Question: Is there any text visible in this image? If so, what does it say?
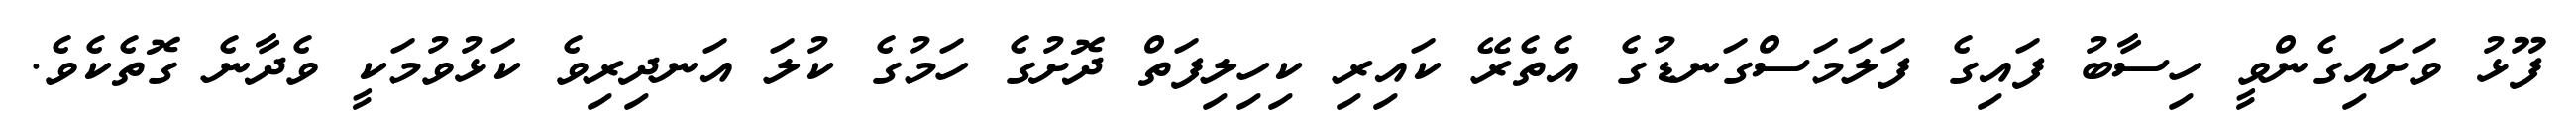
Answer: ފޫޅު ވަށައިގެންވީ ހިސާބު ފައިގެ ފަލަމަސްގަނޑުގެ އެތެރޭ ކައިރި ކިހިލިފަތް ދޮށުގެ ހަމުގެ ކުލަ އަނދިރިވެ ކަޅުވުމަކީ ވެދާނެ ގޮތެކެވެ.